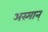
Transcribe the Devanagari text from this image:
अस्मान्